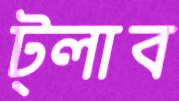
ট্লাব